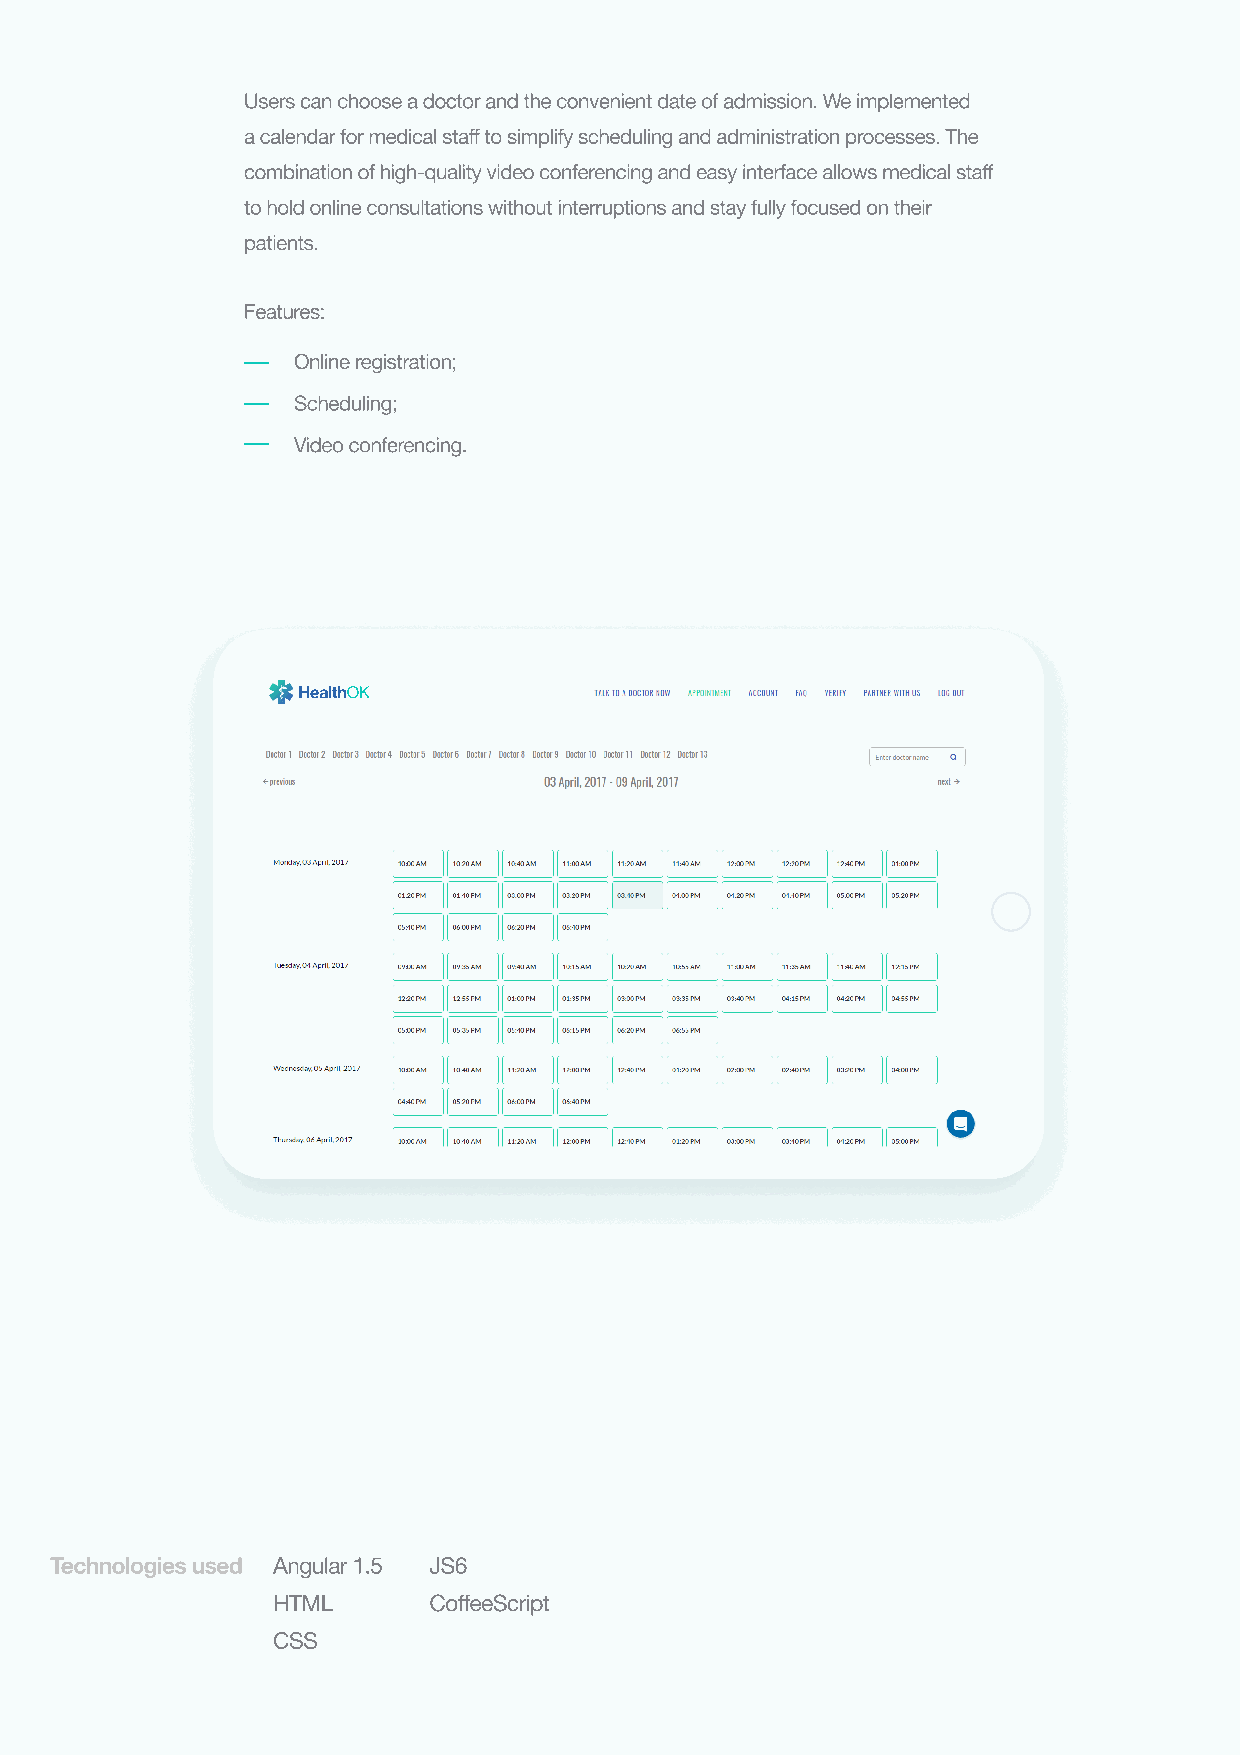
Users can choose a doctor and the convenient date of admission. We implemented
 a calendar for medical staff to simplify scheduling and administration processes. The
 combination of high-quality video conferencing and easy interface allows medical staff
 to hold online consultations without interruptions and stay fully focused on their
 patients.
 Features:
 Online registration;
 Scheduling;
 Video conferencing.
 HealthOK
 Technologies used Angular 1.5 JS6
 HTML      CoffeeScript
 CSS